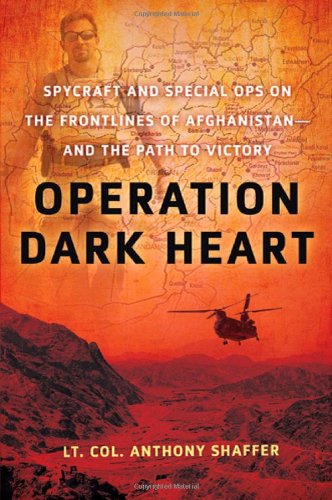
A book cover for Operation Dark Heart: Spycraft and Special Ops on the Frontlines of Afghanistan -- and The Path to Victory; Anthony Shaffer; Biographies & Memoirs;